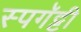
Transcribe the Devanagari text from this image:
स्पगॅट्टी